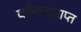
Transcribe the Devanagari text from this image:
वरीयताप्राप्त